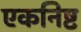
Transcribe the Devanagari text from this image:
एकनिष्ट